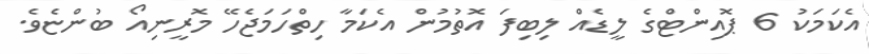
އެކަމަކު 6 ޕޮއިންޓްގެ ލީޑެއް ލިބިފަ އޮތުމުން އެކަމާ ހިތްހަމަޖެހޭ މޮރީނިއޯ ބުންޏެވެ.